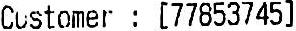
CUSTOMER : [77853745]